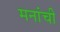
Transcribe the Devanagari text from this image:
मनांची